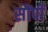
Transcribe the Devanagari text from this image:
सौंपीं